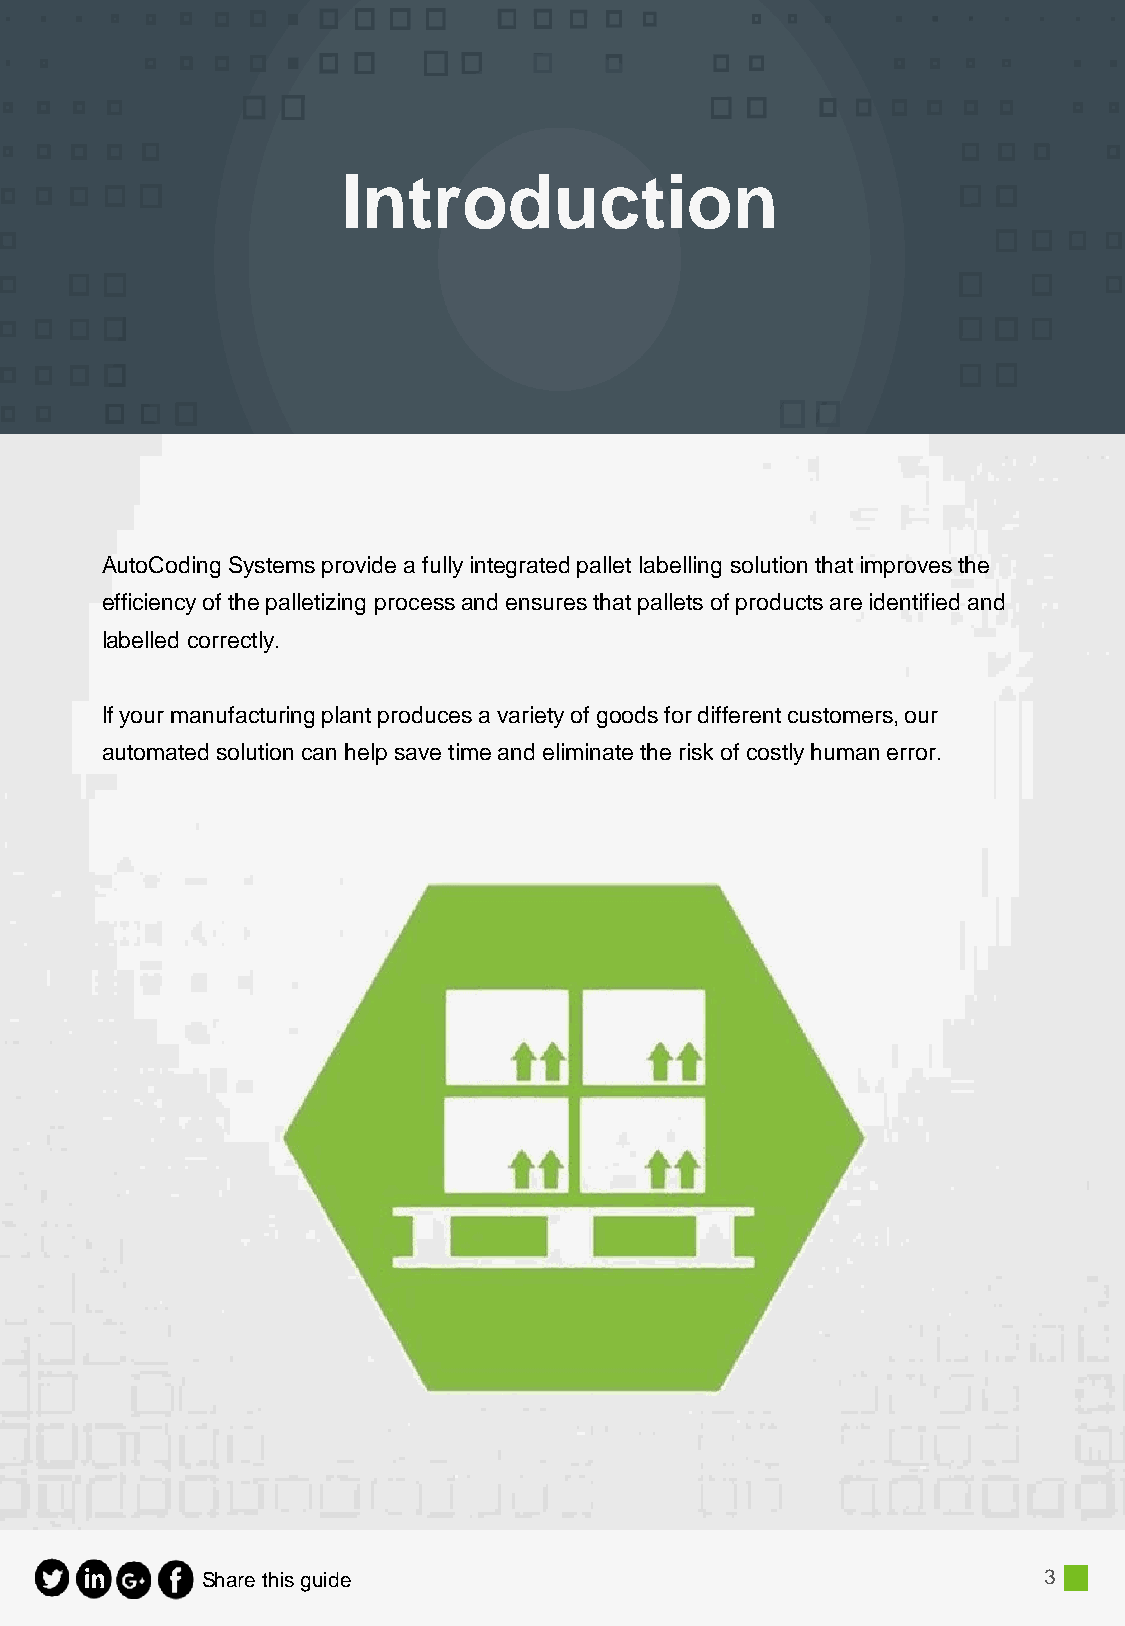
Introduction
 AutoCoding Systems provide a fully integrated pallet labelling solution that improves the
 efficiency of the palletizing process and ensures that pallets of products are identified and
 labelled correctly.
 If your manufacturing plant produces a variety of goods for different customers, our
 automated solution can help save time and eliminate the risk of costly human error.
 Share this guide                                        3